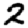
Digit: 2